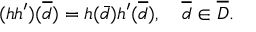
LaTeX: ( h h ^ { \prime } ) ( \overline { { { d } } } ) = h ( \bar { d } ) h ^ { \prime } ( \overline { { { d } } } ) , \quad \overline { { { d } } } \in \overline { { { D } } } .